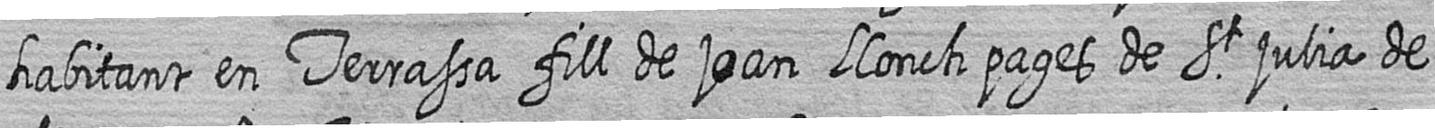
habitant en Terrassa fill de joan Llonch pages de St julia de